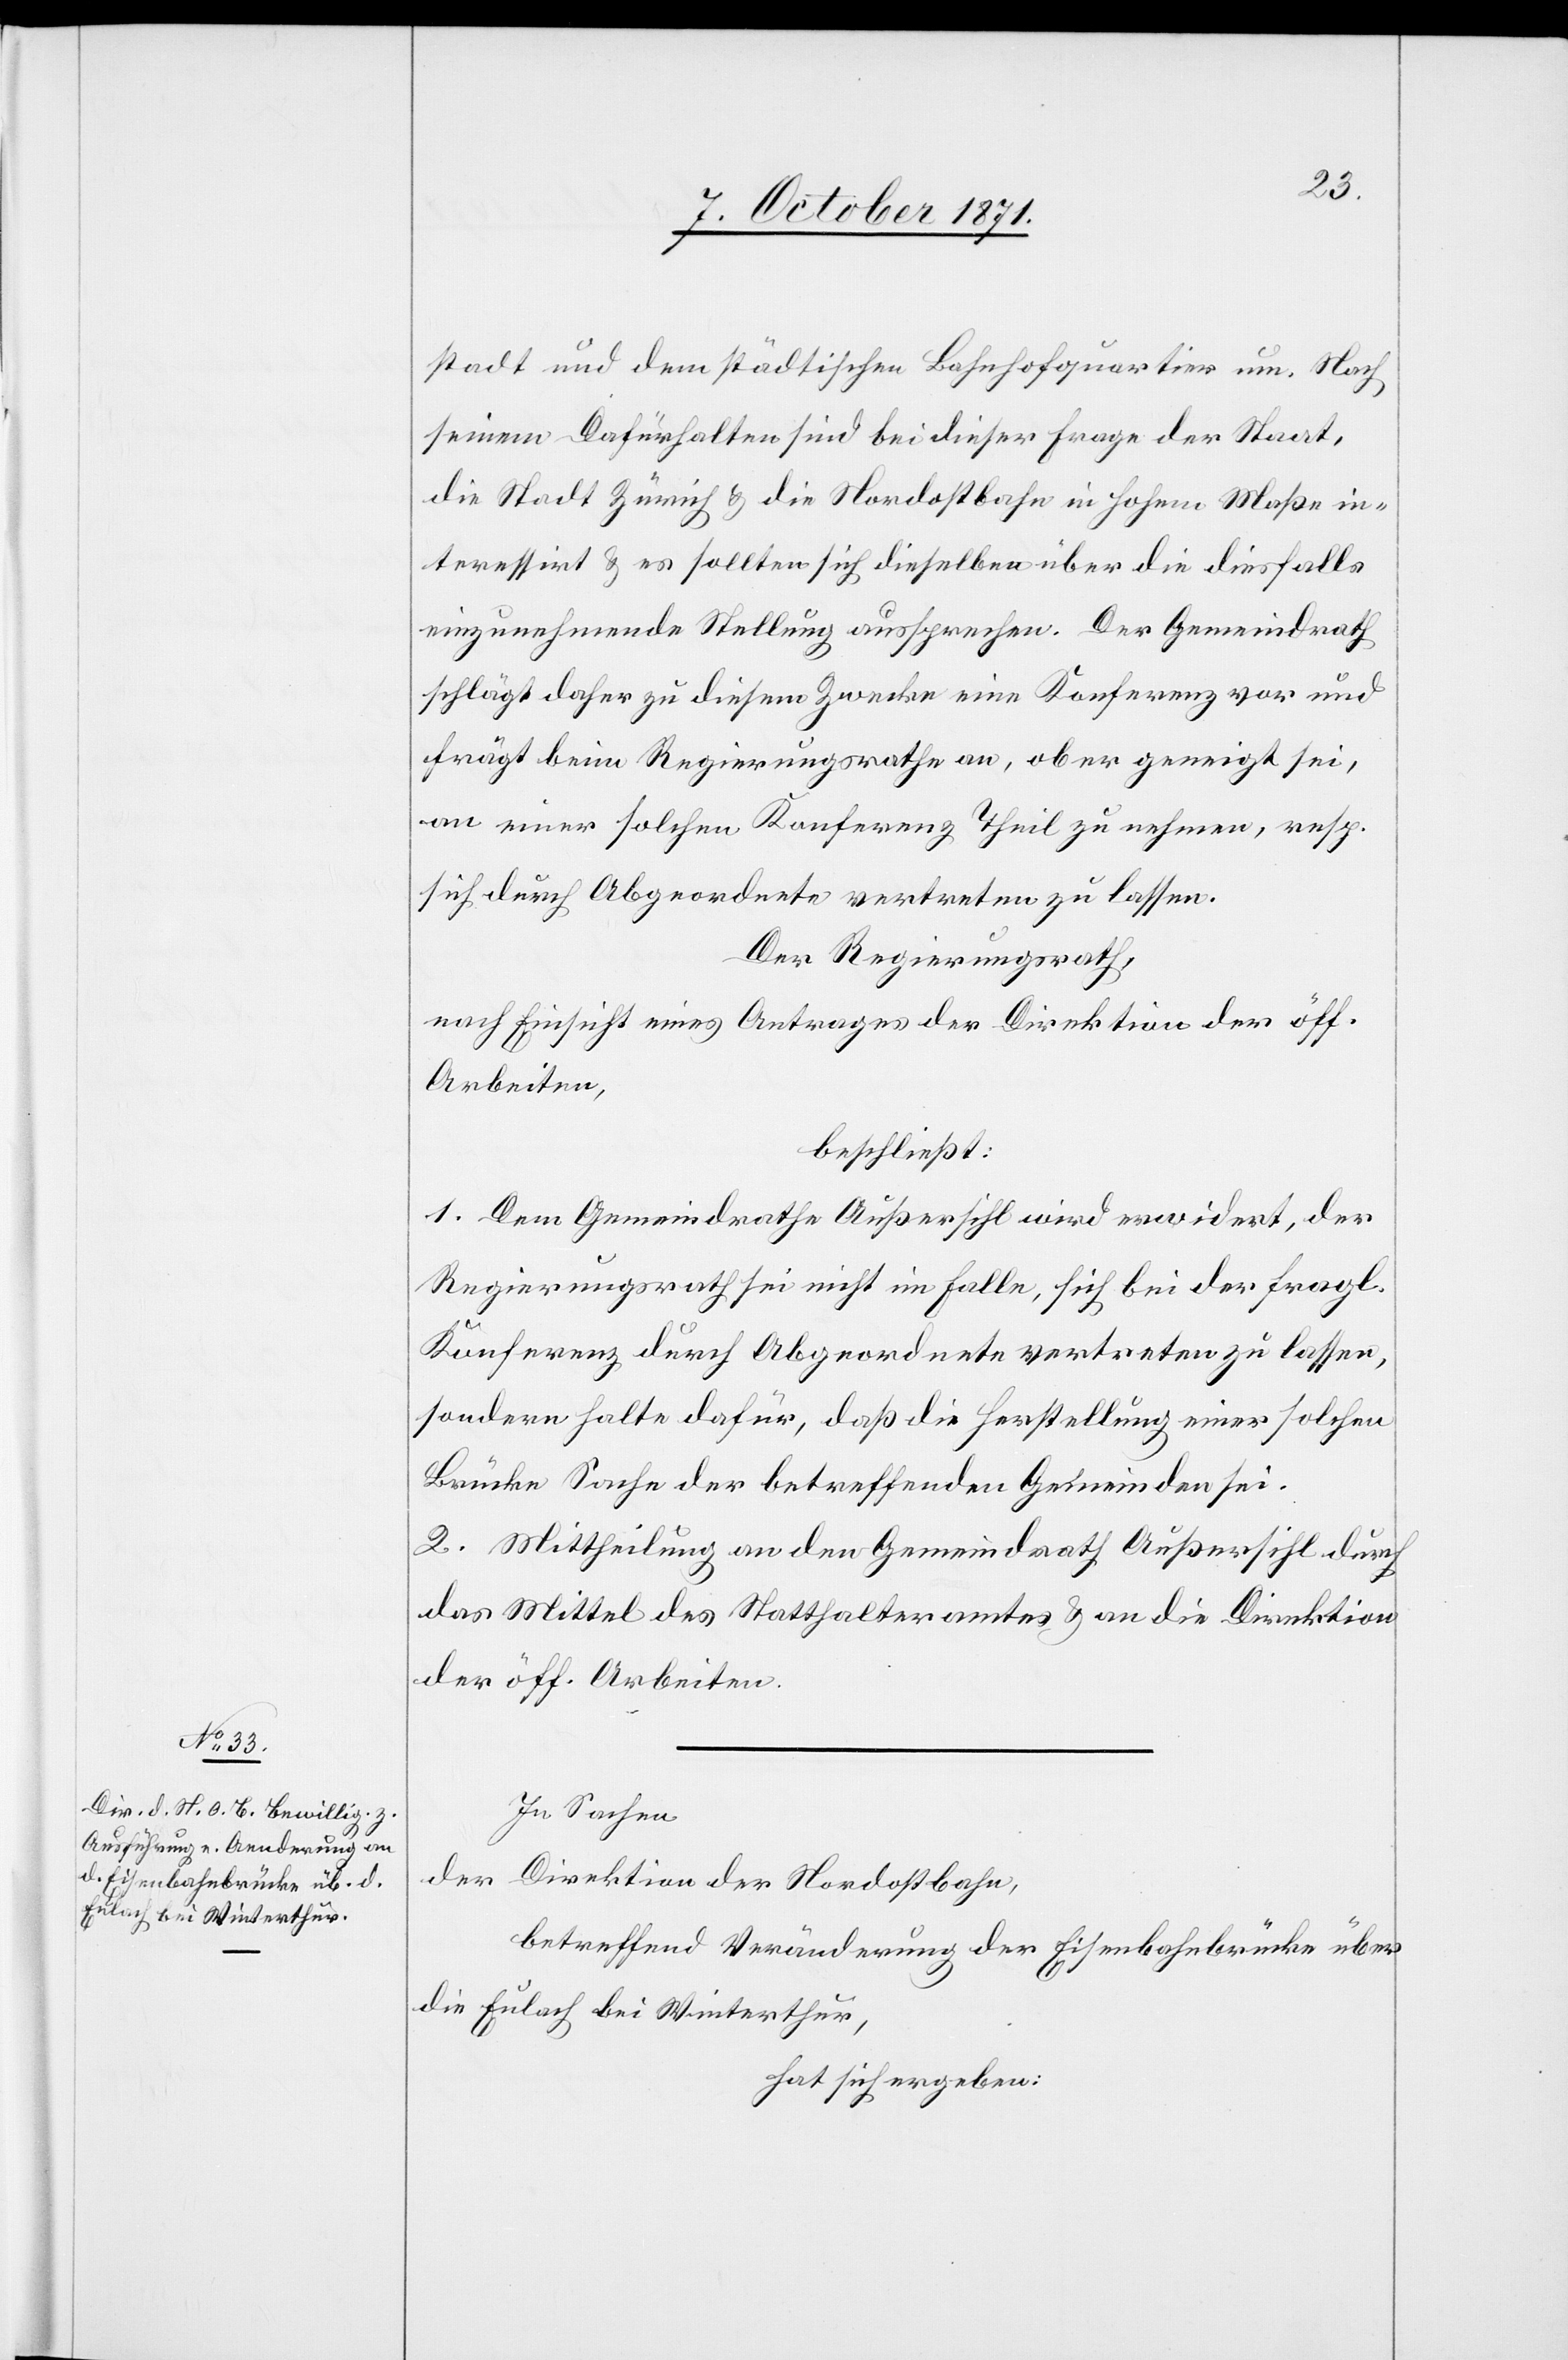
stadt und dem städtischen Bahnhofquartier um. Nach
seinem Dafürhalten sind bei dieser Frage der Staat,
die Stadt Zürich & die Nordostbahn in hohem Maße in¬
teressiert & es sollten sich dieselben über die diesfalls
einzunehmende Stellung aussprechen. Der Gemeindrath
schlägt daher zu diesem Zwecke eine Konferenz vor und
frägt beim Regierungsrathe an, ob er geneigt sei,
an einer solchen Konferenz Theil zu nehmen, resp.
sich durch Abgeordnete vertreten zu lassen.
Der Regierungsrath,
nach Einsicht eines Antrages der Direktion der öff.
Arbeiten,
beschließt:
1. Dem Gemeindrathe Außersihl wird erwidert, der
Regierungsrath sei nicht im Falle, sich bei der fragl.
Konferenz durch Abgeordnete vertreten zu lassen,
sondern halte dafür, daß die Herstellung einer solchen
Brücke Sache der betreffenden Gemeinden sei.
2. Mittheilung an den Gemeindrath Außersihl durch
das Mittel des Statthalteramtes & an die Direktion
der öff. Arbeiten.
In Sachen
der Direktion der Nordostbahn,
betreffend Veränderung der Eisenbahnbrücke über
die Eulach bei Winterthur,
hat sich ergeben: